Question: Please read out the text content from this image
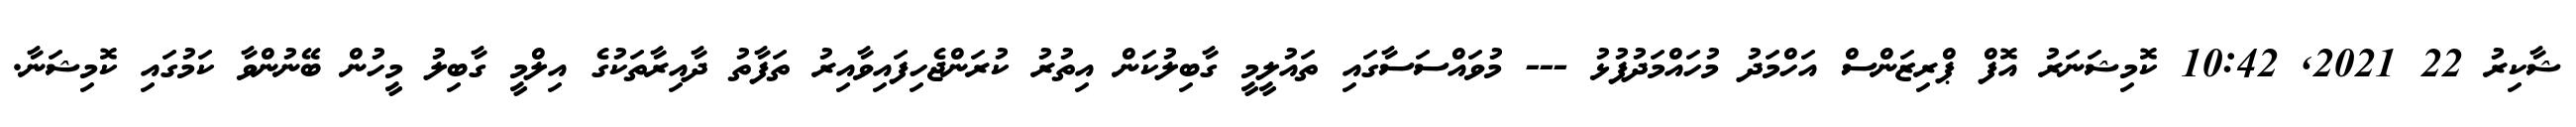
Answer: ޝާކިރު 22 2021, 10:42 ކޮމިޝަނަރު އޮފް ޕްރިޒަންސް އަހްމަދު މުހައްމަދުފުޅު --- މުވައްސަސާގައި ތައުލީމީ ގާބިލުކަން އިތުރު ކުރަންޖެހިފައިވާއިރު ތަފާތު ދާއިރާތަކުގެ އިލްމީ ގާބިލު މީހުން ބޭނުންވާ ކަމުގައި ކޮމިޝަނާ.